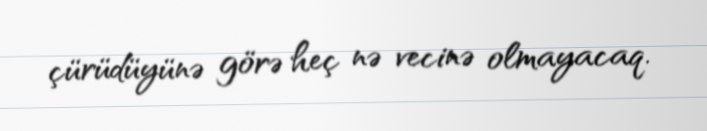
çürüdüyünə görə heç nə vecinə olmayacaq.